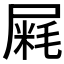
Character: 𰎁